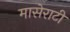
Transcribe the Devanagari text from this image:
मासेराटी